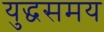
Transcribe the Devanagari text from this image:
युद्धसमय